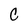
Character: C